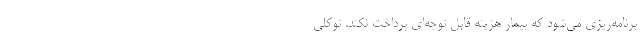
برنامه‌ریزی می‌شود که بیمار هزینه قابل توجه‌ای پرداخت نکند. توکلی